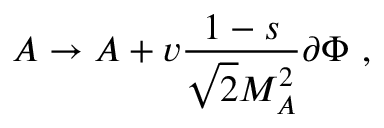
A \rightarrow A + v \frac { 1 - s } { \sqrt { 2 } M _ { A } ^ { 2 } } \partial \Phi \ ,